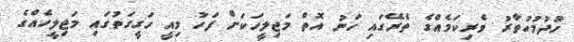
ހުދުމުހުތާރު ވެރިކަމެއްގެ ތެރޭގައި ހަނު އޮތް މަޖިލީހަކަށް ފަހު މިއީ ހަގީގަތުގައި މަޖިލީހެއްގެ